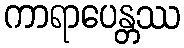
ကာရာပေန္တဿ